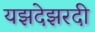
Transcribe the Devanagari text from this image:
यझदेझरदी